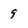
Character: 9